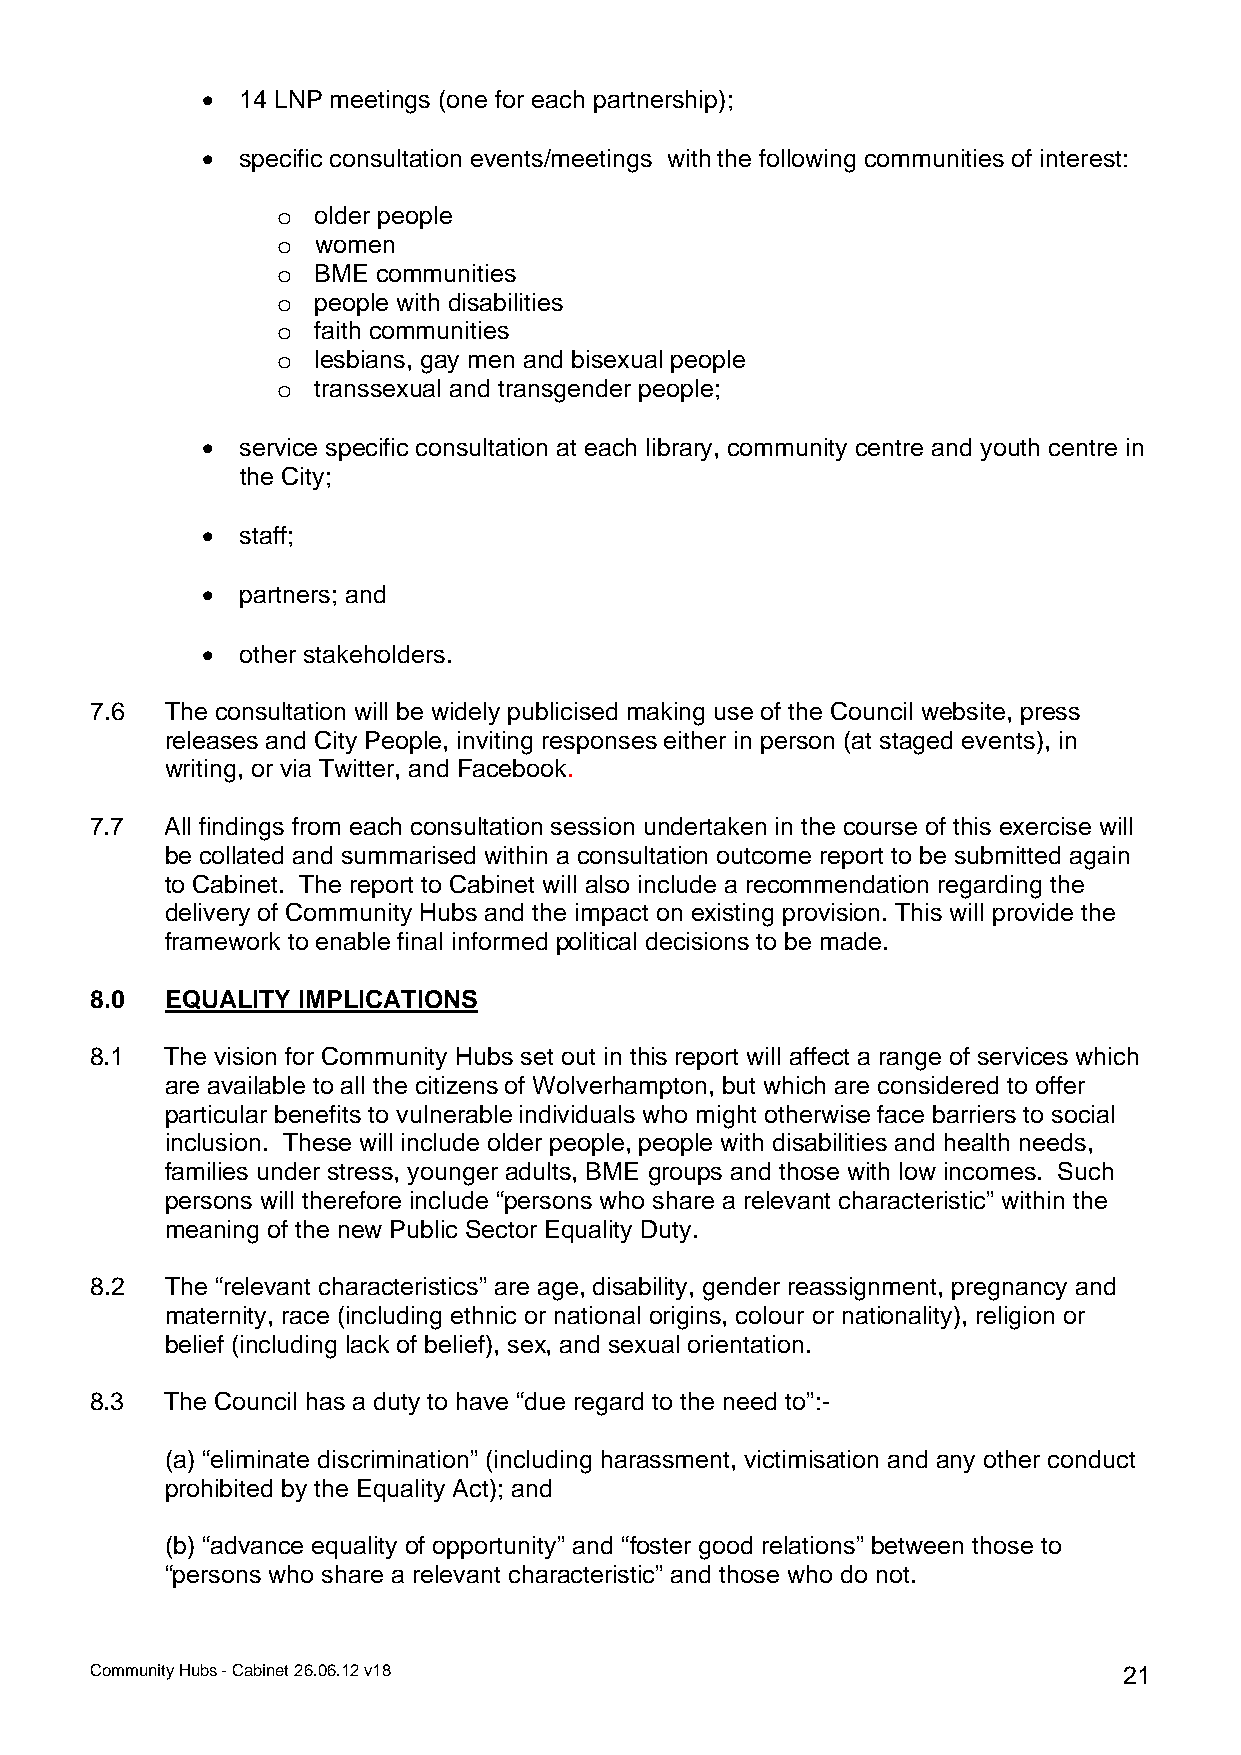
•  14 LNP meetings (one for each partnership);
 •  specific consultation events/meetings with the following communities of interest:
 o  older people
 o  women
 o  BME communities
 o  people with disabilities
 o  faith communities
 o  lesbians, gay men and bisexual people
 o  transsexual and transgender people;
 •  service specific consultation at each library, community centre and youth centre in
 the City;
 •  staff;
 •  partners; and
 •  other stakeholders.
 7.6  The consultation will be widely publicised making use of the Council website, press
 releases and City People, inviting responses either in person (at staged events), in
 writing, or via Twitter, and Facebook.
 7.7  All findings from each consultation session undertaken in the course of this exercise will
 be collated and summarised within a consultation outcome report to be submitted again
 to Cabinet. The report to Cabinet will also include a recommendation regarding the
 delivery of Community Hubs and the impact on existing provision. This will provide the
 framework to enable final informed political decisions to be made.
 8.0  EQUALITY IMPLICATIONS
 8.1  The vision for Community Hubs set out in this report will affect a range of services which
 are available to all the citizens of Wolverhampton, but which are considered to offer
 particular benefits to vulnerable individuals who might otherwise face barriers to social
 inclusion. These will include older people, people with disabilities and health needs,
 families under stress, younger adults, BME groups and those with low incomes. Such
 persons will therefore include “persons who share a relevant characteristic” within the
 meaning of the new Public Sector Equality Duty.
 8.2  The “relevant characteristics” are age, disability, gender reassignment, pregnancy and
 maternity, race (including ethnic or national origins, colour or nationality), religion or
 belief (including lack of belief), sex, and sexual orientation.
 8.3  The Council has a duty to have “due regard to the need to”:-
 (a) “eliminate discrimination” (including harassment, victimisation and any other conduct
 prohibited by the Equality Act); and
 (b) “advance equality of opportunity” and “foster good relations” between those to
 “persons who share a relevant characteristic” and those who do not.
 Community Hubs - Cabinet 26.06.12 v18                               21